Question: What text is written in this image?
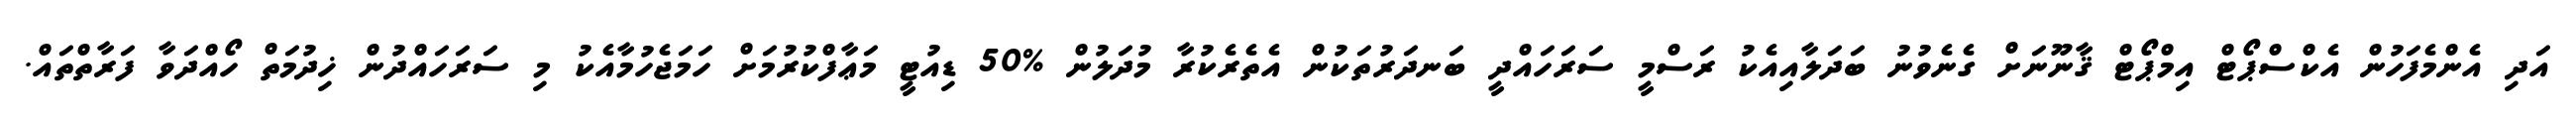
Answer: އަދި އެންމެފަހުން އެކްސްޕޯޓް އިމްޕޯޓް ޤާނޫނަށް ގެނެވުނު ބަދަލާއިއެކު ރަސްމީ ސަރަހައްދީ ބަނދަރުތަކުން އެތެރެކުރާ މުދަލުން %50 ޑިއުޓީ މަޢާފްކުރުމަށް ހަމަޖެހުމާއެކު މި ސަރަހައްދުން ޚިދުމަތް ހޯއްދަވާ ފަރާތްތައް.